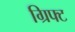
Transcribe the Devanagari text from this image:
ग्रिफ्ट